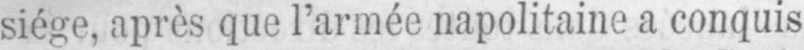
siège, après que l’armée napolitaine a conquis